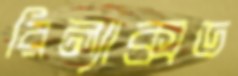
রিল্যাক্সড